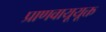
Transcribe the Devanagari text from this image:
प्राणवायूयूक्त